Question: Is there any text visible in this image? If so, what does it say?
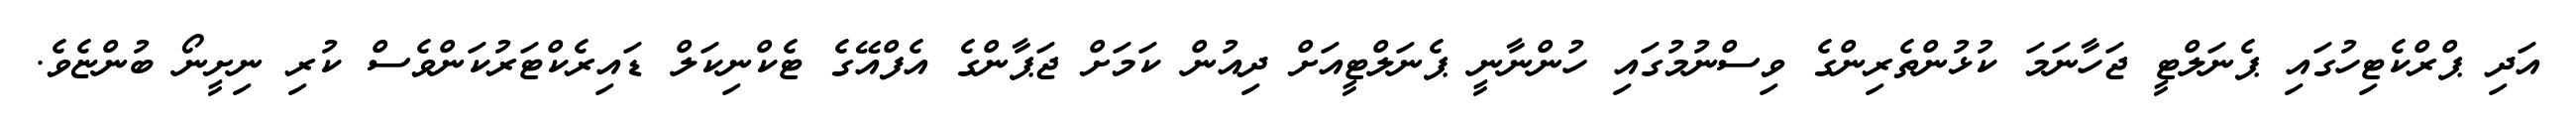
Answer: އަދި ޕްރްކެޓިހުގައި ޕެނަލްޓީ ޖަހާނަމަ ކުޅުންތެރިންގެ ވިސްނުމުގައި ހުންނާނީ ޕެނަލްޓީއަށް ދިއުން ކަމަށް ޖަޕާންގެ އެފްއޭގެ ޓެކްނިކަލް ޑައިރެކްޓަރުކަންވެސް ކުރި ނިށީނޯ ބުންޏެވެ.